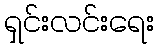
ရှင်းလင်းရေး